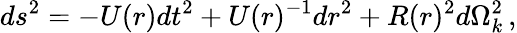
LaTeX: ds^{2}=-U(r)dt^{2}+U(r)^{-1}dr^{2}+R(r)^{2}d\Omega_{k}^{2}\, ,